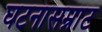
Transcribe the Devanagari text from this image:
घटनासम्राट